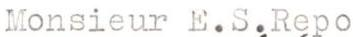
Monsieur E.S.Repo